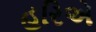
હરિએ